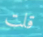
قلت